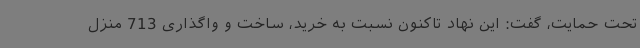
تحت حمایت، گفت: این نهاد تاکنون نسبت به خرید، ساخت و واگذاری 713 منزل